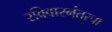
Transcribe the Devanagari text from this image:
रविवारनंतरचा